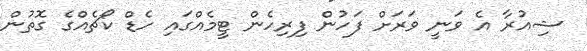
ޝިއުރާ އެ ވަނީ ވަރަށް ފަހުން ފިރިހެން ޓީމެއްގައި ހެޑް ކޯޗެއްގެ ގޮތުން